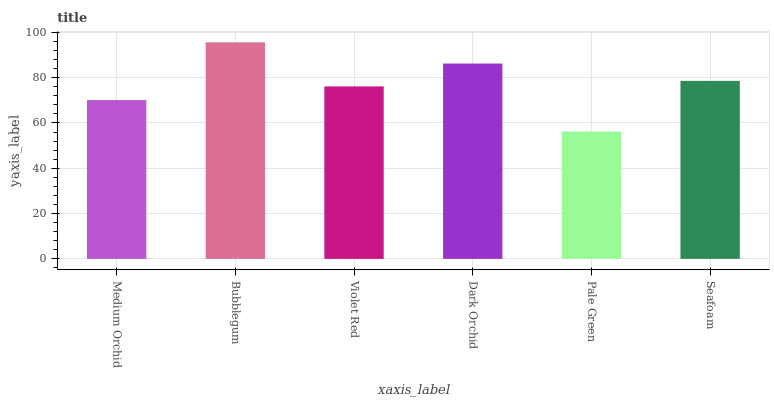
| xaxis_label | bars |
 | --- | --- |
 | Medium Orchid | 70.1 |
 | Bubblegum | 95.6 |
 | Violet Red | 76.1 |
 | Dark Orchid | 86.2 |
 | Pale Green | 56.2 |
 | Seafoam | 78.6 |